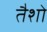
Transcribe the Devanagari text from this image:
तैशो